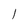
Character: l